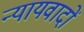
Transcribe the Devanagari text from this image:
न्यायवादों